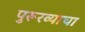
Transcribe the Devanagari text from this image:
पुरूरव्याचा